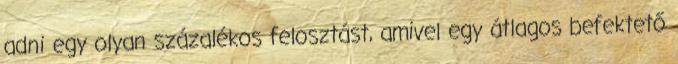
adni egy olyan százalékos felosztást, amivel egy átlagos befektető